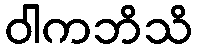
ဝါကဘိသိ